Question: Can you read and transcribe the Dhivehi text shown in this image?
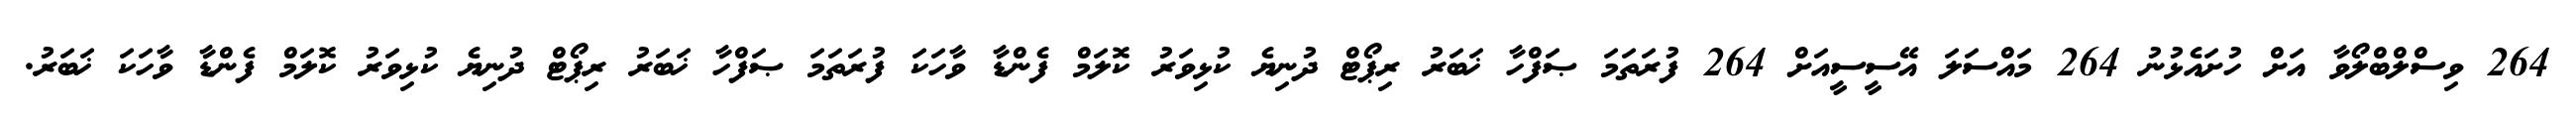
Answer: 264 ވިސްލްބްލޯވާ އަށް ހުށައެޅުނު 264 މައްސަލަ އޭސީސީއަށް 264 ފުރަތަމަ ޞަފްހާ ޚަބަރު ރިޕޯޓް ދުނިޔެ ކުޅިވަރު ކޮލަމް ފެންޑާ ވާހަކަ ފުރަތަމަ ޞަފްހާ ޚަބަރު ރިޕޯޓް ދުނިޔެ ކުޅިވަރު ކޮލަމް ފެންޑާ ވާހަކަ ޚަބަރު.